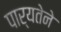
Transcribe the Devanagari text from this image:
पार्यतेने